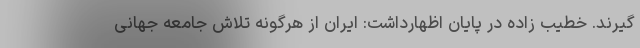
گیرند. خطیب زاده در پایان اظهارداشت: ایران از هرگونه تلاش جامعه جهانی